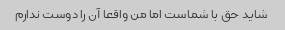
شاید حق با شماست اما من واقعا آن را دوست ندارم